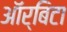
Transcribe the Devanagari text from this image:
ऑर्बिटा